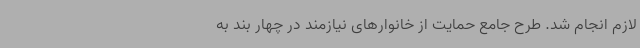
لازم انجام شد. طرح جامع حمایت از خانوارهای نیازمند در چهار بند به